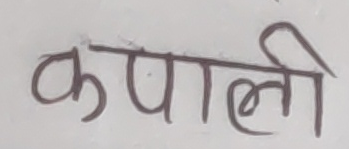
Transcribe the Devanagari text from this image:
कपाली